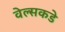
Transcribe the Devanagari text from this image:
वेल्सकडे